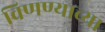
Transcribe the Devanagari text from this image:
विणण्याच्या